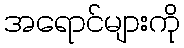
အရောင်များကို